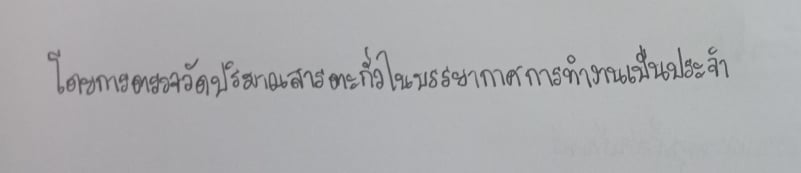
โดยการตรวจวัดปริมาณสารตะกั่วในบรรยากาศการทำงานเป็นประจำ